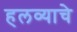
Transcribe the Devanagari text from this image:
हलव्याचे